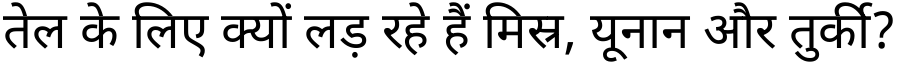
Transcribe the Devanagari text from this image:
तेल के लिए क्यों लड़ रहे हैं मिस्र, यूनान और तुर्की?